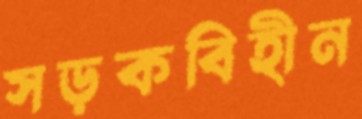
সড়কবিহীন